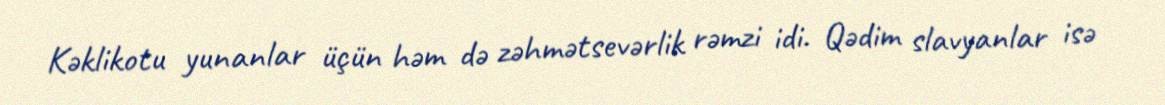
Kəklikotu yunanlar üçün həm də zəhmətsevərlik rəmzi idi. Qədim slavyanlar isə